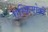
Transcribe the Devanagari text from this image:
एस्किमोकी